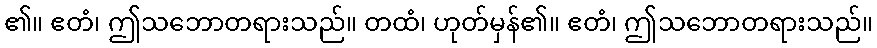
၏။ ဧတံ၊ ဤသဘောတရားသည်။ တထံ၊ ဟုတ်မှန်၏။ ဧတံ၊ ဤသဘောတရားသည်။